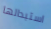
استبدالها